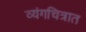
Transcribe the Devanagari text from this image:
व्यंगचित्रात